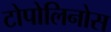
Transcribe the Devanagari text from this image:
टोपोलिनोस